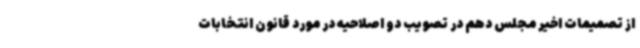
از تصمیمات اخیر مجلس دهم در تصویب دو اصلاحیه در مورد قانون انتخابات